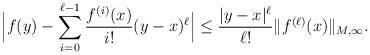
LaTeX: \begin{align*}\Big| f(y) - \sum_{i=0}^{\ell-1} \frac{f^{(i)}(x)}{i !} (y-x)^\ell\Big| \leq \frac{|y-x|^\ell}{\ell !} \|f^{(\ell)}(x)\|_{M,\infty}.\end{align*}